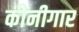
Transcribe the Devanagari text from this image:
कोनीगार